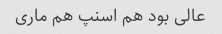
عالی بود هم اسنپ هم ماری